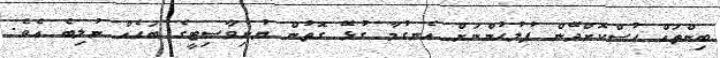
ބިންތައް ހުސްކޮށްދޭން ފުލުހުންނަށް އެނގުމާ ގުޅޭ ގޮތުން ޔުނިވާސިޓީގެ ބަހެއް ނުލިބެ އެވެ.